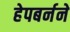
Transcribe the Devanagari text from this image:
हेपबर्नने